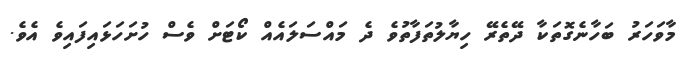
މާވަހަރު ބަހާނެގޮތަކާ ދޭތެރޭ ހިޔާލުތަފާތުވެ ދެ މައްސަލައެއް ކޯޓަށް ވެސް ހުށަހަޅައިފައިވެ އެވެ.